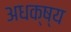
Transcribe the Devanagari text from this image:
अधक्ष्य